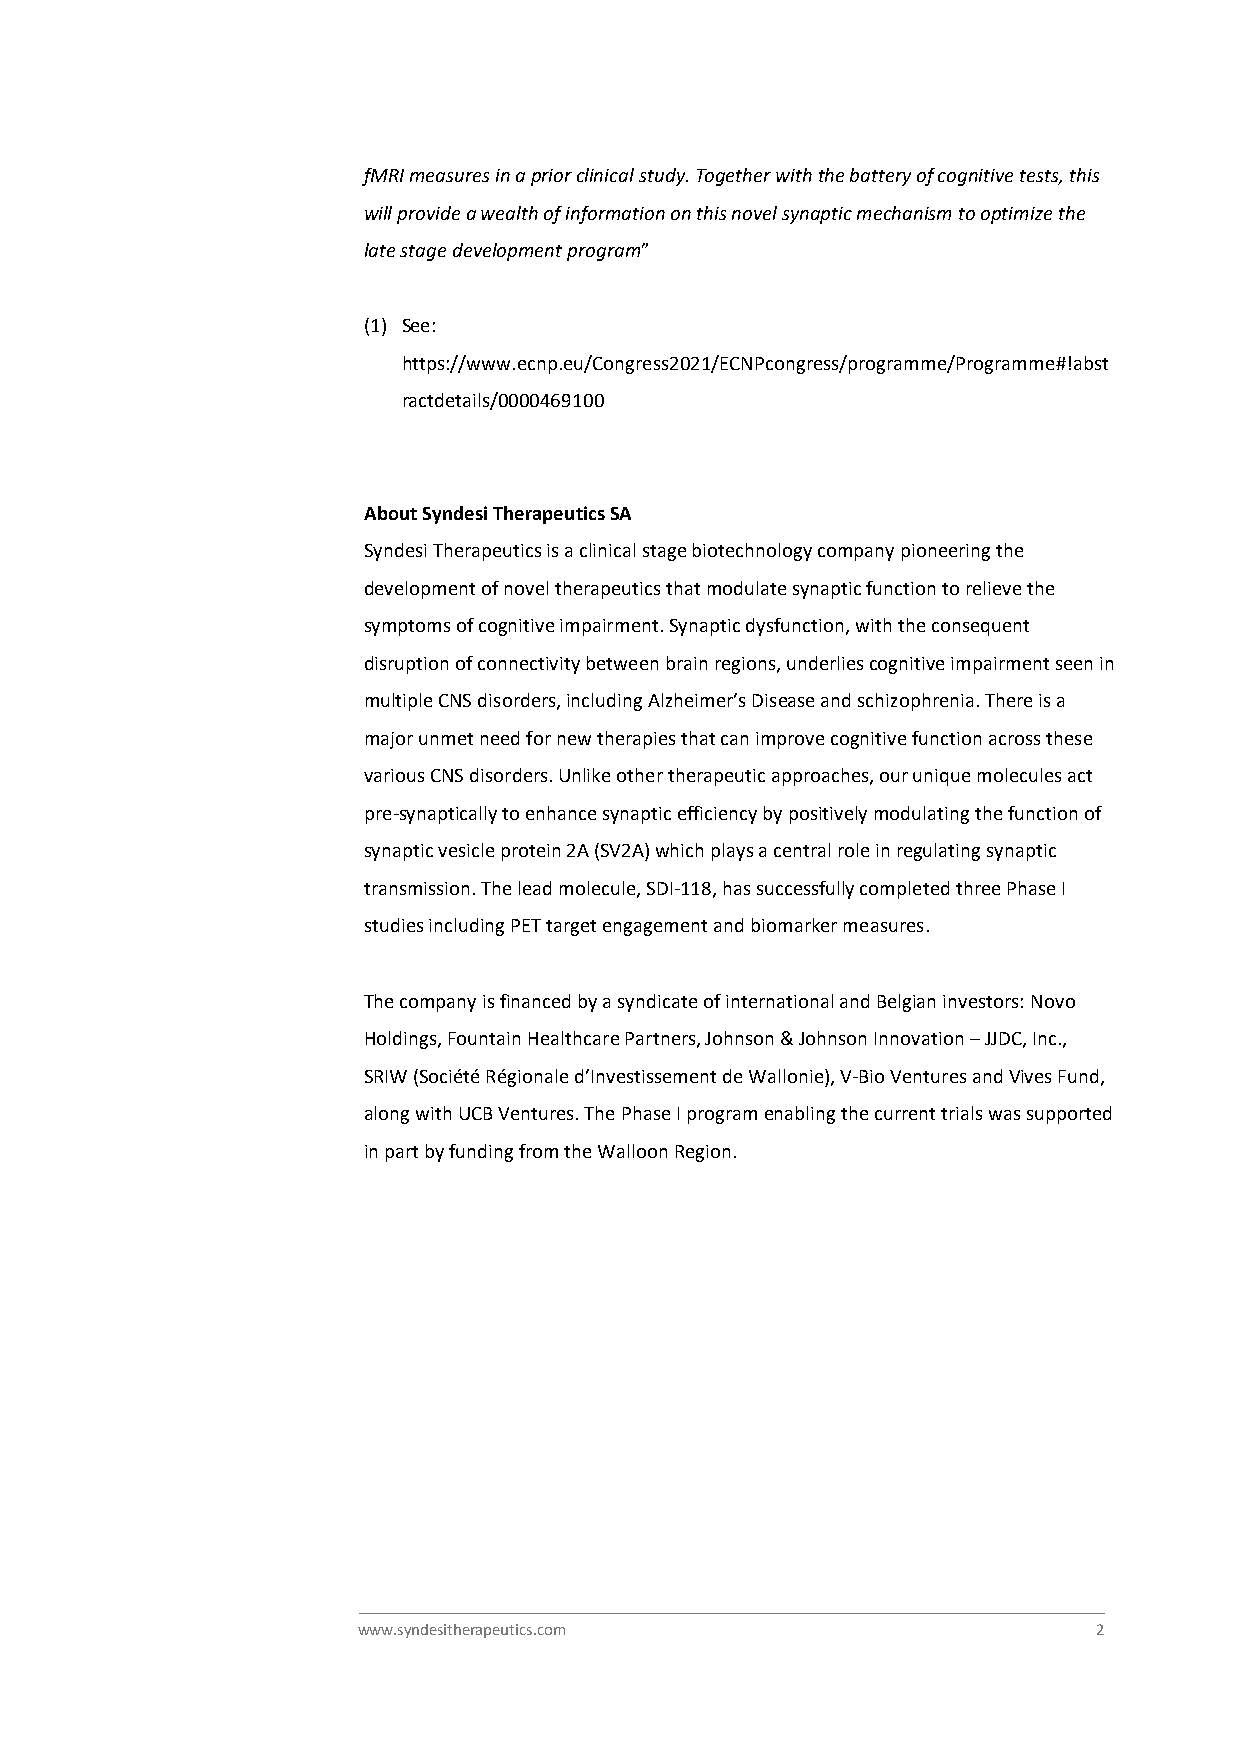
fMRI measures in a prior clinical study. Together with the battery of cognitive tests, this
 will provide a wealth of information on this novel synaptic mechanism to optimize the
 late stage development program”
 (1) See:
 https://www.ecnp.eu/Congress2021/ECNPcongress/programme/Programme#!abst
 ractdetails/0000469100
 About Syndesi Therapeutics SA
 Syndesi Therapeutics is a clinical stage biotechnology company pioneering the
 development of novel therapeutics that modulate synaptic function to relieve the
 symptoms of cognitive impairment. Synaptic dysfunction, with the consequent
 disruption of connectivity between brain regions, underlies cognitive impairment seen in
 multiple CNS disorders, including Alzheimer’s Disease and schizophrenia. There is a
 major unmet need for new therapies that can improve cognitive function across these
 various CNS disorders. Unlike other therapeutic approaches, our unique molecules act
 pre-synaptically to enhance synaptic efficiency by positively modulating the function of
 synaptic vesicle protein 2A (SV2A) which plays a central role in regulating synaptic
 transmission. The lead molecule, SDI-118, has successfully completed three Phase I
 studies including PET target engagement and biomarker measures.
 The company is financed by a syndicate of international and Belgian investors: Novo
 Holdings, Fountain Healthcare Partners, Johnson & Johnson Innovation – JJDC, Inc.,
 SRIW (Société Régionale d’Investissement de Wallonie), V-Bio Ventures and Vives Fund,
 along with UCB Ventures. The Phase I program enabling the current trials was supported
 in part by funding from the Walloon Region.
 www.syndesitherapeutics.com                      2